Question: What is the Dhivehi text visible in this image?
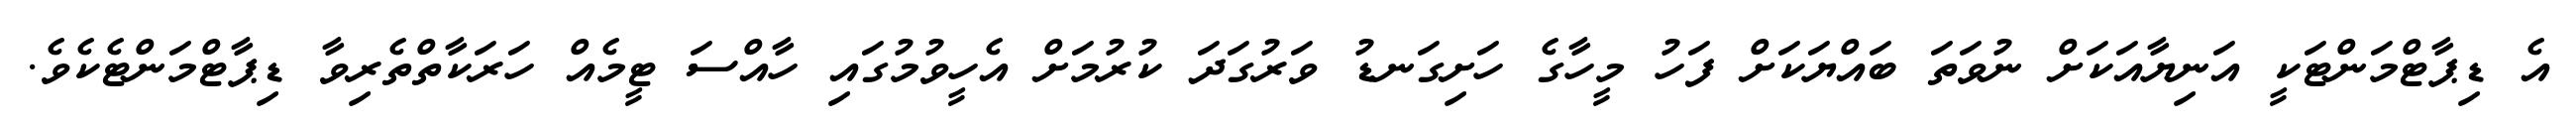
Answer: އެ ޑިޕާޓްމަންޓަކީ އަނިޔާއަކަށް ނުވަތަ ބައްޔަކަށް ފަހު މީހާގެ ހަށިގަނޑު ވަރުގަދަ ކުރުމަށް އެހީވުމުގައި ހާއްސަ ޓީމެއް ހަރަކާތްތެރިވާ ޑިޕާޓްމަންޓެކެވެ.